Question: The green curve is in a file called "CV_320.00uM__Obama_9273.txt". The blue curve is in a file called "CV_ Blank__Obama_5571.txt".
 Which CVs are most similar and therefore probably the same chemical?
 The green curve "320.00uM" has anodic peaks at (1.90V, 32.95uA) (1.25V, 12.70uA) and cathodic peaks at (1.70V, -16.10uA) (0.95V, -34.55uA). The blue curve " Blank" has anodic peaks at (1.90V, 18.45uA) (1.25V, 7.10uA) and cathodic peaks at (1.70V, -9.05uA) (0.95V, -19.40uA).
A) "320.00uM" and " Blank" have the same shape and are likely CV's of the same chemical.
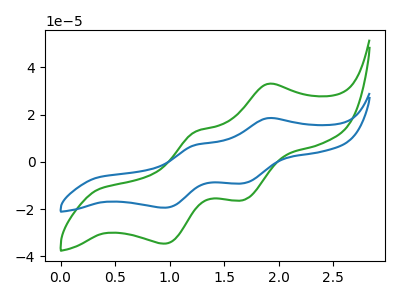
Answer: <think>All the peaks in "320.00uM" have a peak in " Blank" at the same potential. Every peak in "320.00uM" is higher than every peak in " Blank".
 </think>
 <answer>A) "320.00uM" and " Blank" have the same shape and are likely CV's of the same chemical.</answer>
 <eval>A</eval>